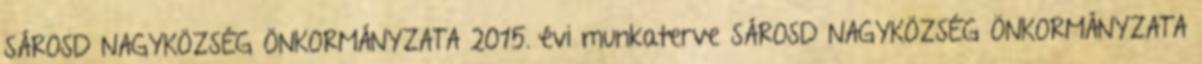
SÁROSD NAGYKÖZSÉG ÖNKORMÁNYZATA 2015. évi munkaterve SÁROSD NAGYKÖZSÉG ÖNKORMÁNYZATA